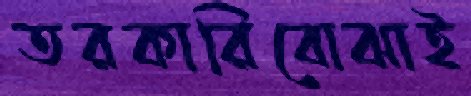
তরকারিবোঝাই